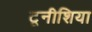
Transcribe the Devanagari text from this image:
टूनीशिया